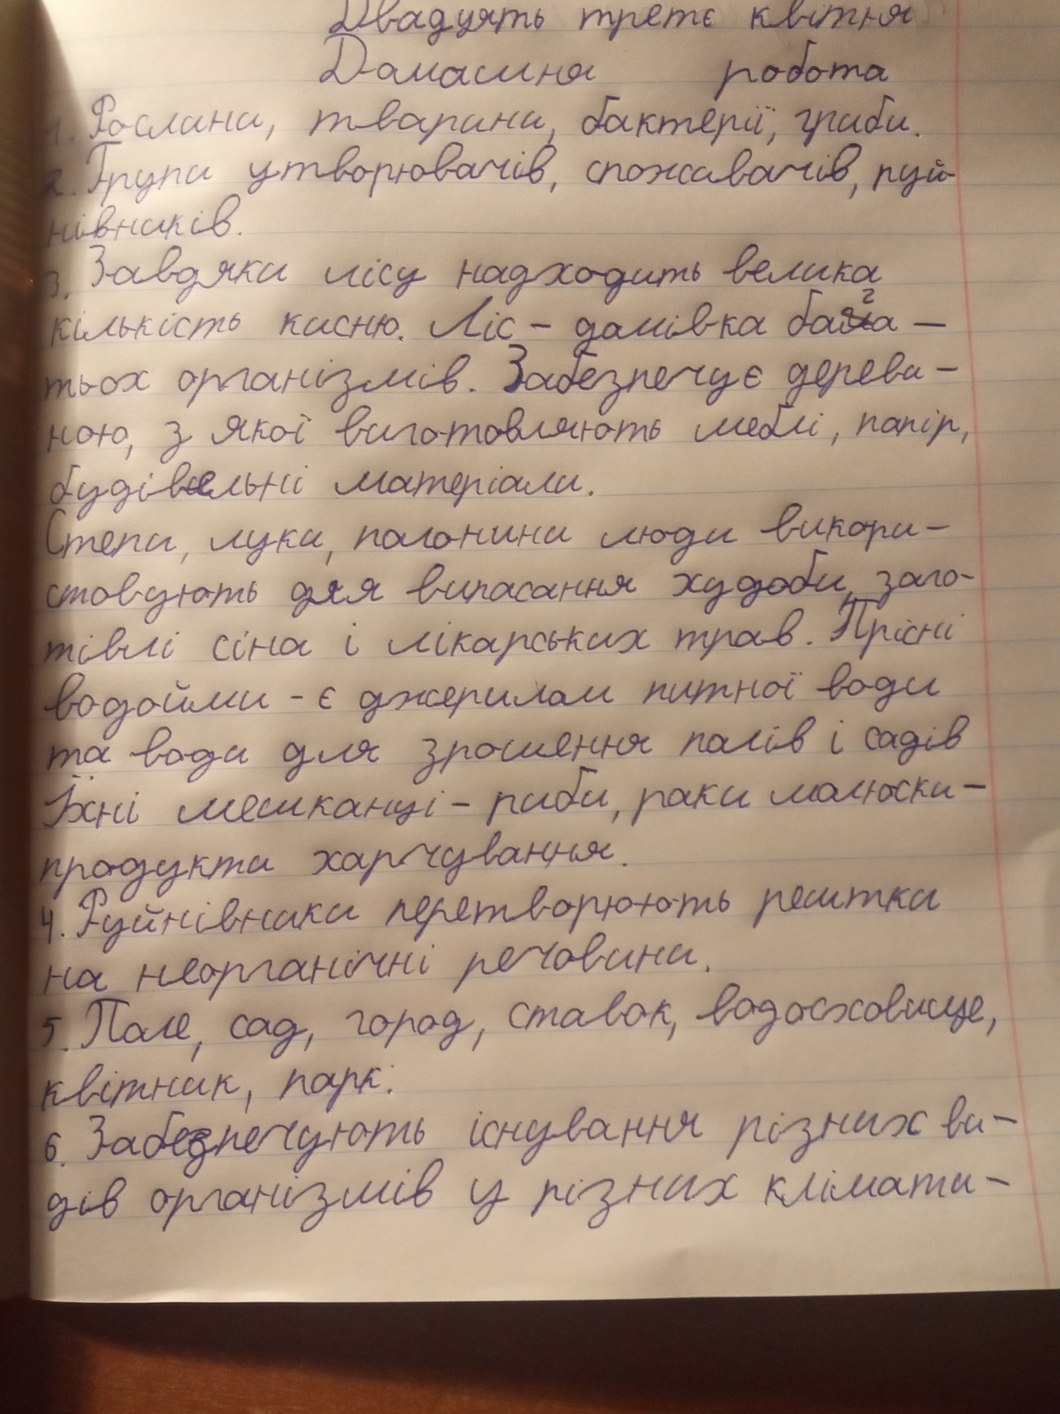
Двадцять третє квітня
Домашня робота
1. Рослини, тварини, бактерії, гриби.
2. Групи утворювачів, споживачів, руй-
нівників.
3. Завдяки лісу надходить велика
кількість кисню. Ліс - домівка ба~~л~~{г}а -
тьох організмів. Забезпечує дереви -
ною, з якої виготовляють меблі, папір,
будівельні матеріали.
Степи, луки, полонини люди викори-
стовують для випасання худоби, заго-
тівлі сіна і лікарських трав. Прісні
водойми - є джерелом питної води
та води для зрошення полів і садів
Їхні мешканці - риби, раки молюски -
продукти харчування.
4. Руйнівники перетворюють рештки
на неорганічні речовини.
5. Поле, сад, город, ставок, водосховище,
квітник, парк.
6. Забезпечують існування різних ви-
дів організмів у різних клімати-